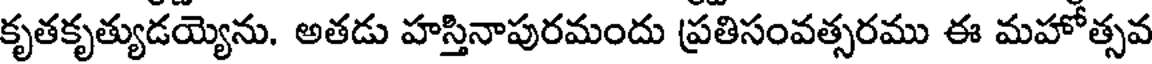
కృతకృత్యుడయ్యెను. అతడు హస్తినాపురమందు ప్రతిసంవత్సరము ఈ మహోత్సవ